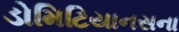
ડોમિટિયાનસના